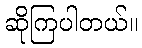
ဆိုကြပါတယ်။